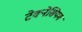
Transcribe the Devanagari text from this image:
टेक्नेसियम